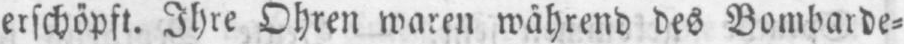
während des Bombende⸗